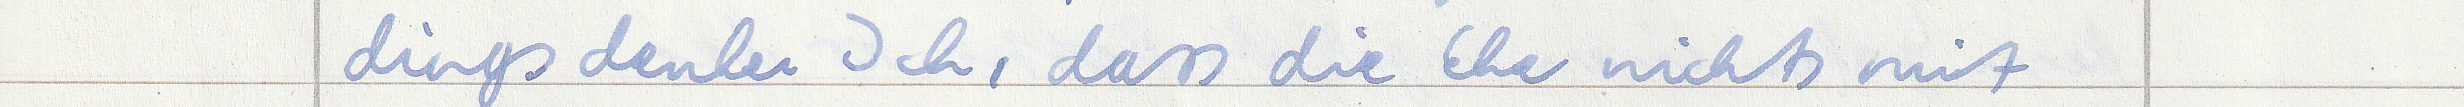
dings denke Ich, dass die Ehe nichts mit